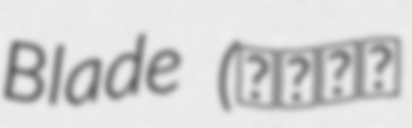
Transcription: Blade (ブレイク